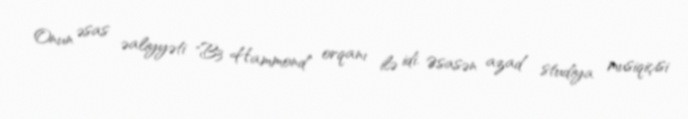
Onun əsas əaliyyəti "B3 Hammond" orqanı ilə idi. Əsasən azad studiya musiqiçisi